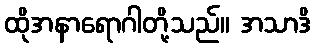
ထိုအနာရောဂါတို့သည်။ အသာဒိ